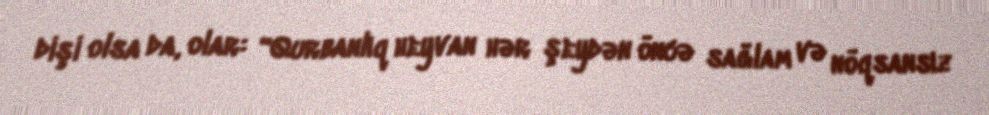
dişi olsa da, olar: “Qurbanlıq heyvan hər şeydən öncə sağlam və nöqsansız